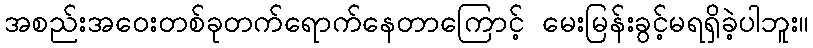
အစည်းအဝေးတစ်ခုတက်ရောက်နေတာကြောင့် မေးမြန်းခွင့်မရရှိခဲ့ပါဘူး။